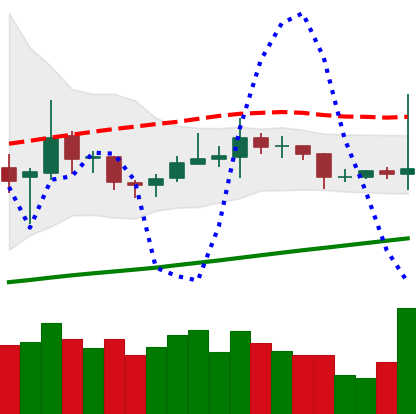
Ticker: TRX-USD
Chart end date: 2020-10-20
Forward return: 3.548%
Label: up_3_5